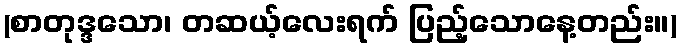
(စာတုဒ္ဒသော၊ တဆယ့်လေးရက် ပြည့်သောနေ့တည်း။)